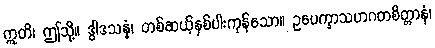
ဣတိ၊ ဤသို့။ ဒွါဒသန္နံ၊ တစ်ဆယ့်နှစ်ပါးကုန်သော။ ဥပေက္ခာသဟဂတစိတ္တာနံ၊